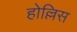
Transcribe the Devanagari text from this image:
होल्लिस